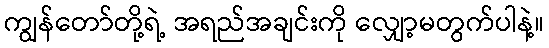
ကျွန်တော်တို့ရဲ့ အရည်အချင်းကို လျှော့မတွက်ပါနဲ့။